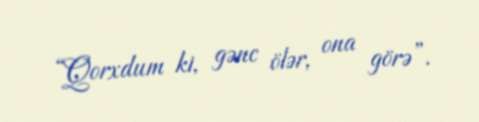
“Qorxdum ki, gənc ölər, ona görə”.